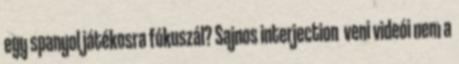
egy spanyol játékosra fókuszál? Sajnos interjection veni videói nem a